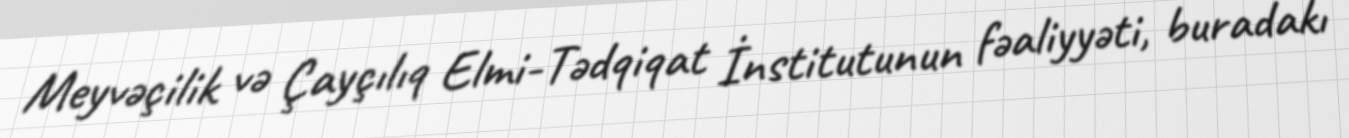
Meyvəçilik və Çayçılıq Elmi-Tədqiqat İnstitutunun fəaliyyəti, buradakı